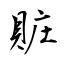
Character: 賍